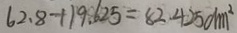
6 2 . 8 + 1 9 . 6 2 5 = 8 2 . 4 2 5 d m ^ { 2 }